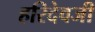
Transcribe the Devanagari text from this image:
हरिदेवजी